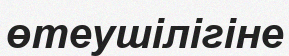
өтеушілігіне